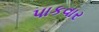
પાકવાર